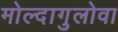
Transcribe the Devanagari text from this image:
मोल्दागुलोवा